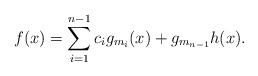
LaTeX: \begin{align*}f(x) = \sum_{i=1}^{n-1} c_i g_{m_i}(x) + g_{m_{n-1}} h(x). \end{align*}